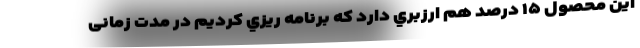
این محصول ۱۵ درصد هم ارزبري دارد كه برنامه ريزي كرديم در مدت زمانی